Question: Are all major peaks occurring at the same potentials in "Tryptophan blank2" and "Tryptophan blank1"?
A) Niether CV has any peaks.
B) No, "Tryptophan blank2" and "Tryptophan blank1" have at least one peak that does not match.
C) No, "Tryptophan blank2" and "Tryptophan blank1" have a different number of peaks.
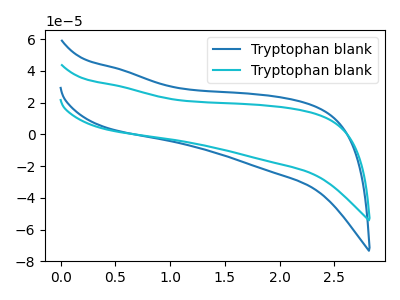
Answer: <think>The blue curve "Tryptophan blank1" has no peaks. The cyan curve "Tryptophan blank2" has no peaks.</think>
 <answer>A) Niether CV has any peaks.</answer>
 <eval>A</eval>